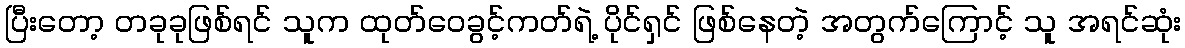
ပြီးတော့ တခုခုဖြစ်ရင် သူက ထုတ်ဝေခွင့်ကတ်ရဲ့ ပိုင်ရှင် ဖြစ်နေတဲ့ အတွက်ကြောင့် သူ အရင်ဆုံး